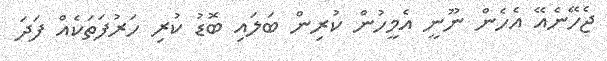
ޖެހޭނެއޭ އެހެން ނޫނީ އެމީހުން ކުރިން ބަލައި ބޮޑު ކުރި ހަރުފަތަކެއް ފަދަ